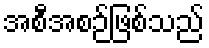
အစီအစဉ်ဖြစ်သည်